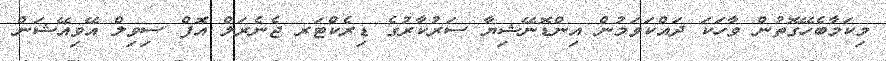
މިކަމާބެހޭގޮތުން ވާހަކަ ދައްކަވަމުން އިންޑޮނޭޝިޔާ ސަރުކާރުގެ ޑިރެކްޓަރ ޖެނެރަލް އޮފް ސިވިލް އޭވިއޭޝަން